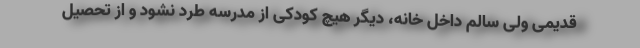
قدیمی ولی سالم داخل خانه، دیگر هیچ کودکی از مدرسه طرد نشود و از تحصیل